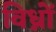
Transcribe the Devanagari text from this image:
विध्नों